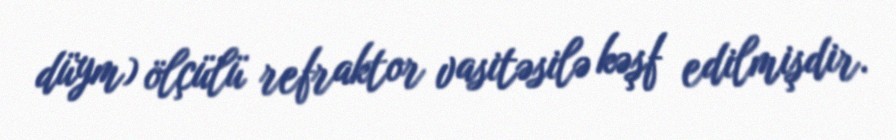
düym) ölçülü refraktor vasitəsilə kəşf edilmişdir.